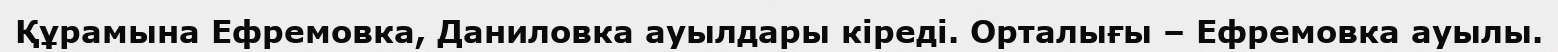
Құрамына Ефремовка, Даниловка ауылдары кіреді. Орталығы – Ефремовка ауылы.